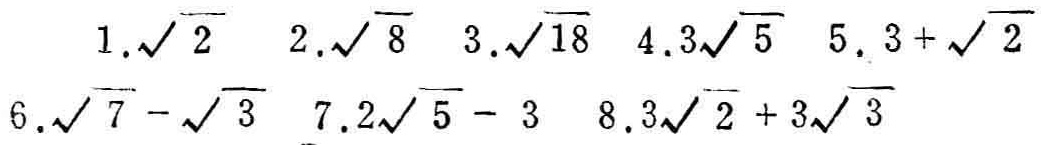
1. $\sqrt{2}$  2. $\sqrt{8}$  3. $\sqrt{18}$  4. $3\sqrt{5}$  5. $3 + \sqrt{2}$  6. $\sqrt{7}-\sqrt{3}$  7. $2\sqrt{5}-3$  8. $3\sqrt{2}+3\sqrt{3}$